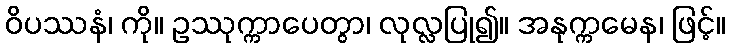
ဝိပဿနံ၊ ကို။ ဥဿုက္ကာပေတွာ၊ လုလ္လပြု၍။ အနုက္ကမေန၊ ဖြင့်။